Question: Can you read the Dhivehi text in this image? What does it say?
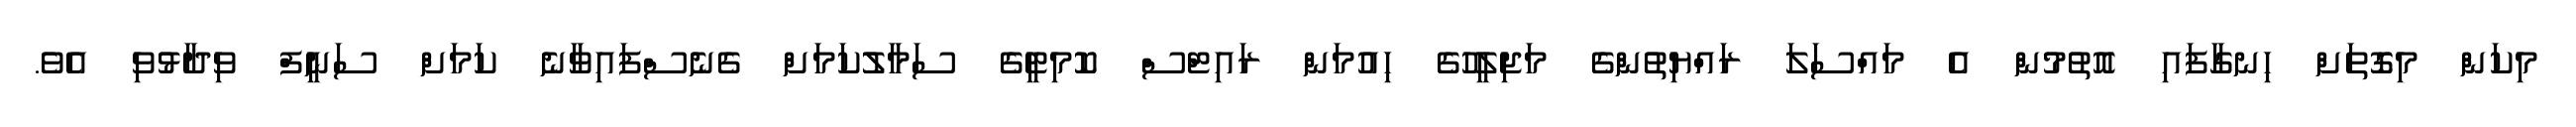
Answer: މިކަން މިގޮތަށް ހިނގާފައި އޮތުމުން އެ މައްސަލަ ރައްޔިތުންގެ މަޖިލީހުގެ ހިއުމަން ރައިޓްސް ކޮމިޓީގެ ސަމާލުކަމަށް ގެނެސްފައިވާނެ ކަމަށް ސަނީފް ވިދާޅުވި އެވެ.